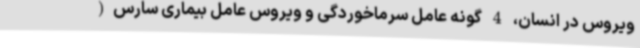
ویروس در انسان، 4 گونه عامل سرماخوردگی و ویروس عامل بیماری سارس(